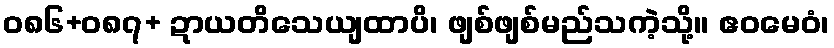
ဝ၈၆+၀၈၇+ ဍာယတိသေယျထာပိ၊ ဖျစ်ဖျစ်မည်သကဲ့သို့။ ဧဝမေဝံ၊